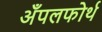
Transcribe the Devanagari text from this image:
अँपलफोर्थ